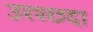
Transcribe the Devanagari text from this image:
उरश्छदा